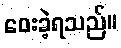
ဝေးခဲ့ရသည်။